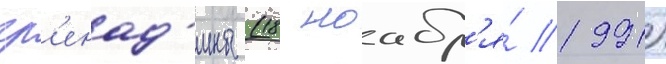
гр'енад'ины (18 ноабр'я́ 1991)